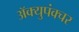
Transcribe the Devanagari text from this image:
ॲक्युपंक्चर